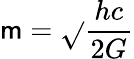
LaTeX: \mathsf{m}={\sqrt{}{{\frac{{hc}}{{2G}}}}}